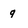
Character: 9